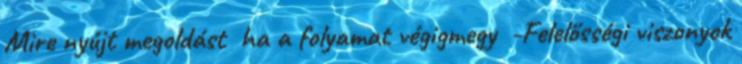
Mire nyújt megoldást ha a folyamat végigmegy -Felelősségi viszonyok